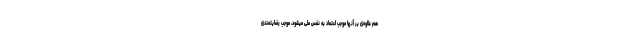
هم علاوه‌ی بر آنها موجب اعتماد به نفْس ملّی میشود، موجب رضایتمندی